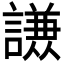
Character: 𮘹